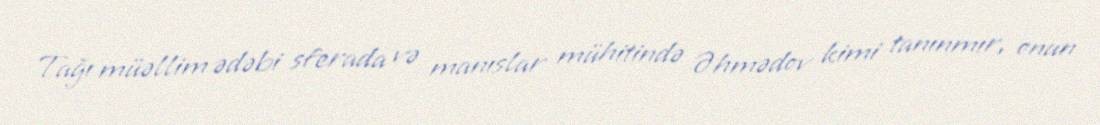
Tağı müəllim ədəbi sferada və manıslar mühitində Əhmədov kimi tanınmır, onun